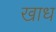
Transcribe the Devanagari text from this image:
खाध